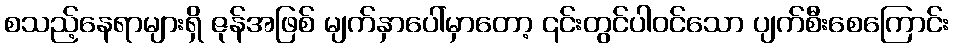
စသည့်နေရာများရှိ ဇုန်အဖြစ် မျက်နှာပေါ်မှာတော့ ၎င်းတွင်ပါဝင်သော ပျက်စီးစေကြောင်း